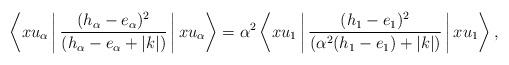
LaTeX: \begin{align*}\left\langle x u_{\alpha}\,\bigg|\, \frac{(h_{\alpha}-e_{\alpha})^2}{(h_{\alpha}-e_{\alpha}+|k|)}\,\bigg|\, x u_{\alpha} \right\rangle = \alpha^2 \left\langle x u_{1}\,\bigg|\, \frac{(h_{1}-e_{1})^2}{(\alpha^2(h_{1}-e_{1})+|k|)}\,\bigg|\, x u_{1} \right\rangle,\end{align*}